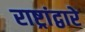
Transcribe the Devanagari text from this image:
राष्ट्रांद्वारे